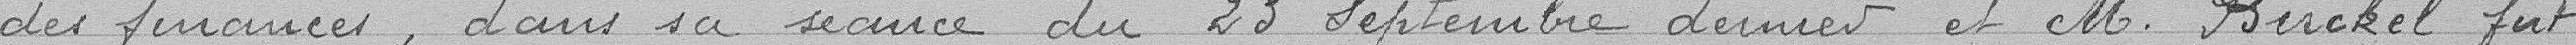
des finances dans sa séance du 23 septembre dernier et Monsieur BIRCKEL fut